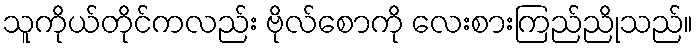
သူကိုယ်တိုင်ကလည်း ဗိုလ်စောကို လေးစားကြည်ညိုသည်။